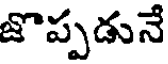
జొప్పడునే